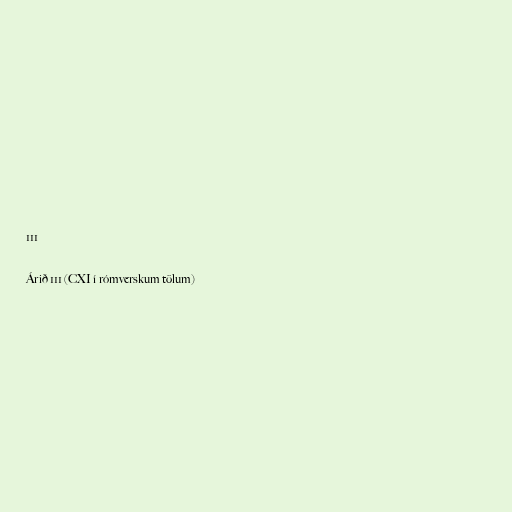
111

Árið 111 (CXI í rómverskum tölum)